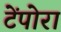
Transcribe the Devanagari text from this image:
टेंपोरा